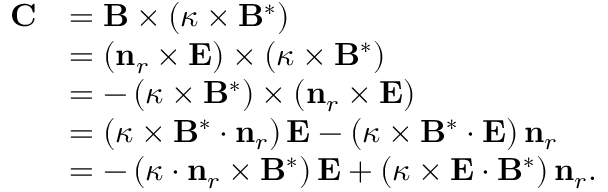
\begin{array} { r l } { \mathbf { C } } & { = \mathbf { B } \times \left( \boldsymbol { \kappa } \times \mathbf { B } ^ { * } \right) } \\ & { = \left( \mathbf { n } _ { r } \times \mathbf { E } \right) \times \left( \boldsymbol { \kappa } \times \mathbf { B } ^ { * } \right) } \\ & { = - \left( \boldsymbol { \kappa } \times \mathbf { B } ^ { * } \right) \times \left( \mathbf { n } _ { r } \times \mathbf { E } \right) } \\ & { = \left( \boldsymbol { \kappa } \times \mathbf { B } ^ { * } \cdot \mathbf { n } _ { r } \right) \mathbf { E } - \left( \boldsymbol { \kappa } \times \mathbf { B } ^ { * } \cdot \mathbf { E } \right) \mathbf { n } _ { r } } \\ & { = - \left( \boldsymbol { \kappa } \cdot \mathbf { n } _ { r } \times \mathbf { B } ^ { * } \right) \mathbf { E } + \left( \boldsymbol { \kappa } \times \mathbf { E } \cdot \mathbf { B } ^ { * } \right) \mathbf { n } _ { r } . } \end{array}